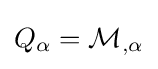
Q_{\alpha }={\mathcal {M}}_{,\alpha }